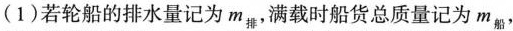
(1)若轮船的排水量记为m_{排}，满载时船货总质量记为m_{船}，